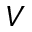
V